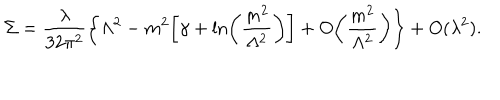
LaTeX: \Sigma = \frac { \lambda } { 3 2 \pi ^ { 2 } } \biggl \{ \Lambda ^ { 2 } - m ^ { 2 } \biggl [ \gamma + \ln \biggl ( \frac { m ^ { 2 } } { \Lambda ^ { 2 } } \biggr ) \biggr ] + O \biggl ( \frac { m ^ { 2 } } { \Lambda ^ { 2 } } \biggr ) \biggr \} + O ( \lambda ^ { 2 } ) .